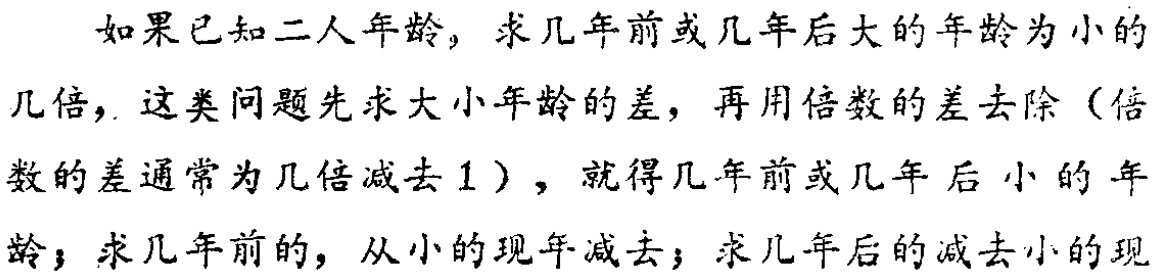
如果已知二人年龄，求几年前或几年后大的年龄为小的几倍，这类问题先求大小年龄的差，再用倍数的差去除（倍数的差通常为几倍减去1），就得几年前或几年后小的年龄；求几年前的，从小的现年减去；求几年后的减去小的现